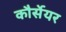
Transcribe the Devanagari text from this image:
कौर्सेयर